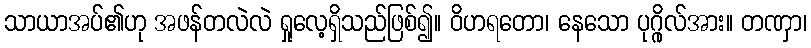
သာယာအပ်၏ဟု အဖန်တလဲလဲ ရှုလေ့ရှိသည်ဖြစ်၍။ ဝိဟရတော၊ နေသော ပုဂ္ဂိုလ်အား။ တဏှာ၊